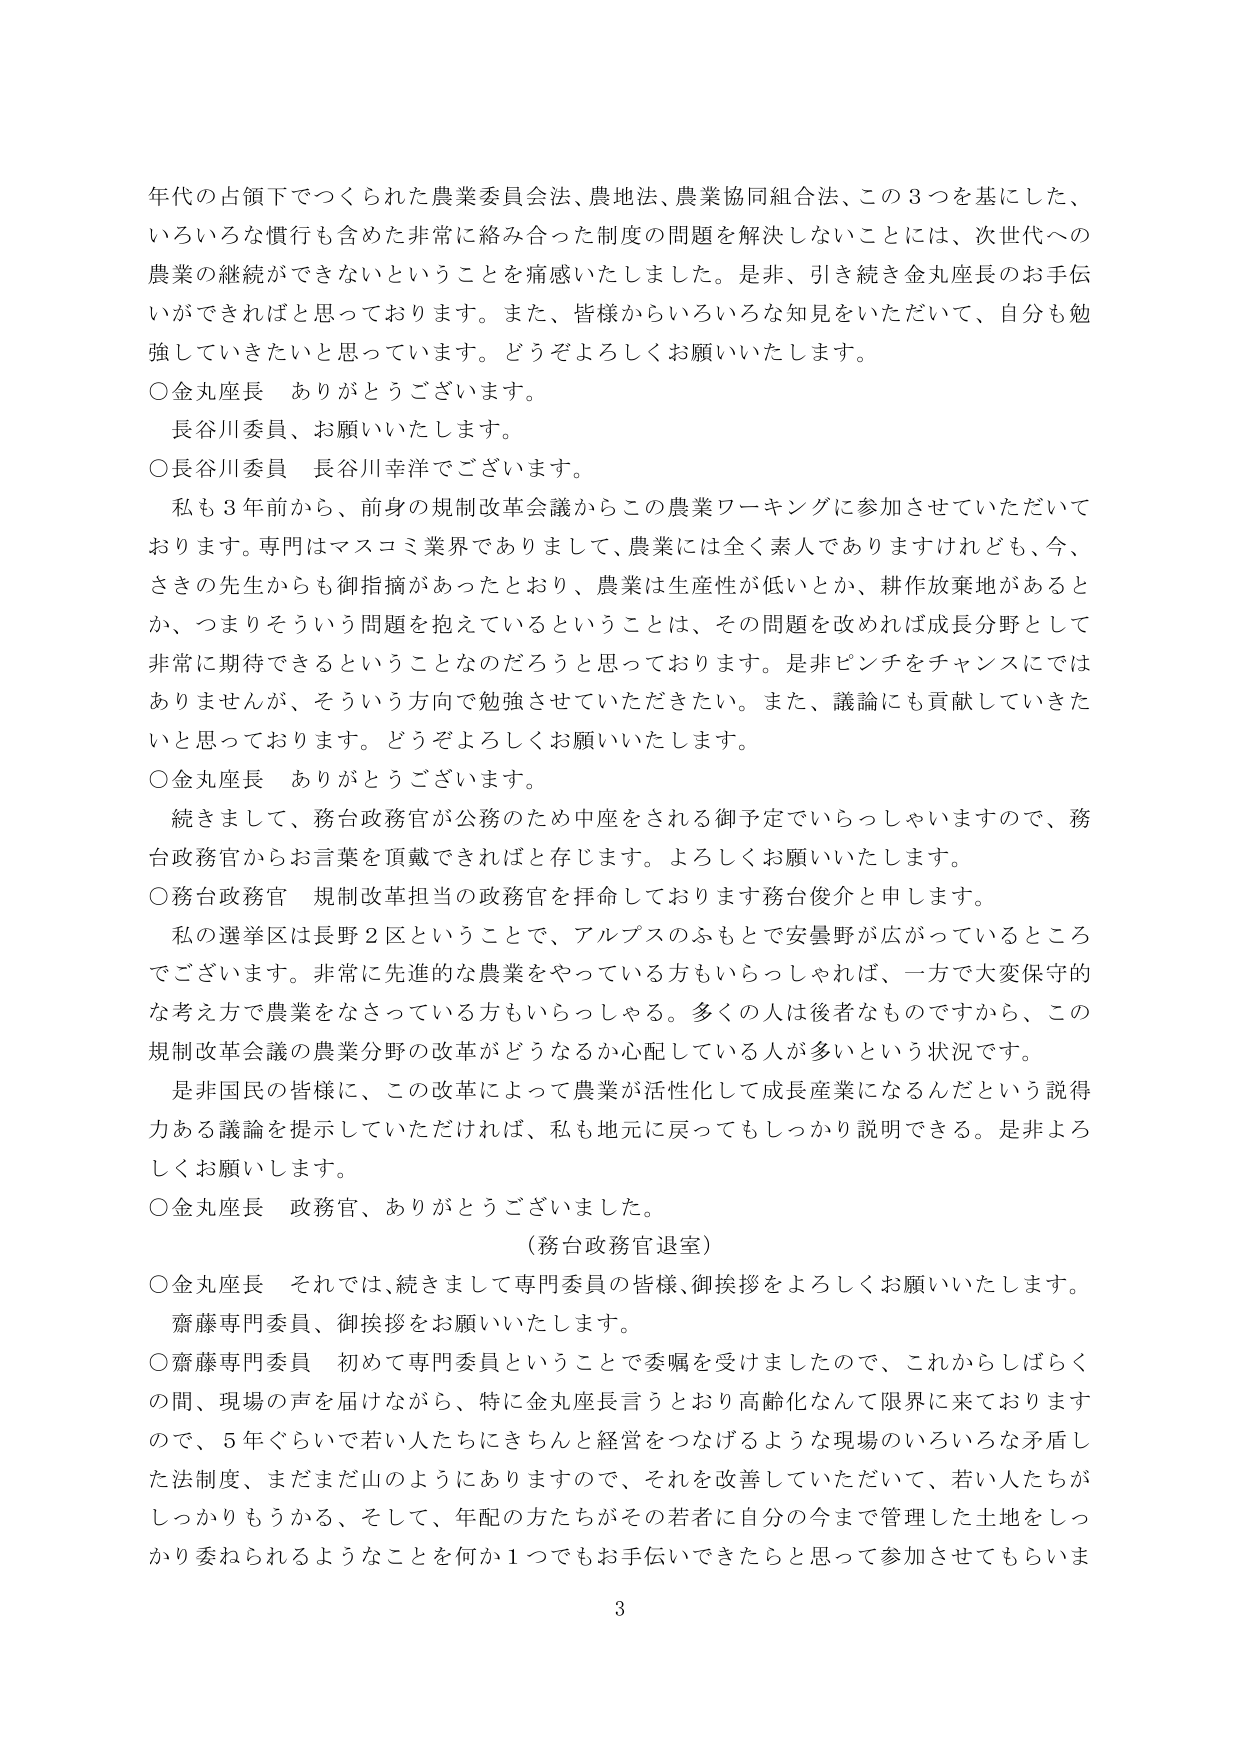
年代の占領下でつくられた農業委員会法、農地法、農業協同組合法、この３つを基にした、
いろいろな慣行も含めた非常に絡み合った制度の問題を解決しないことには、次世代への
農業の継続ができなということを痛感いたしました。是非、引き続き金丸座長のお手伝
いができればと思っております。また、皆様からいろいろな知見をいただいて、自分も勉
強していきたいと思っています。どうぞよろしくお願いいたします。

○金丸座長　ありがとうございます。
　長谷川委員、お願いいたします。

○長谷川委員　長谷川幸洋でございます。
　私も３年前から、前身の規制改革会議からこの農業ワーキングに参加させていただいて
おります。専門はマスコミ業界でありまして、農業には全く素人でありますけれども、今、
さきの先生からも御指摘があったとおり、農業は生産性が低いとか、耕作放棄地があると
か、つまりそういう問題を抱えているということは、その問題を改めれば成長分野として
非常に期待できるということなのだろうと思っております。是非ピンチをチャンスにでは
ありませんが、そういう方向で勉強させていただきたい。また、議論にも貢献していきた
いと思っております。どうぞよろしくお願いいたします。

○金丸座長　ありがとうございます。
　続きまして、務台政務官が公務のため中座をされる御予定でいらっしゃいますので、務
台政務官からお言葉を頂戴できればと存じます。よろしくお願いいたします。

○務台政務官　規制改革担当の政務官を拝命しております務台俊介と申します。
　私の選挙区は長野２区ということで、アルプスのふもとで安曇野が広がっているところ
でございます。非常に先進的な農業をやっている方もいらっしゃれば、一方で大変保守的
な考え方で農業をなさっている方もいらっしゃる。多くの人は後者なものですから、この
規制改革会議の農業分野の改革がどうなるか心配している人が多いという状況です。
　是非国民の皆様に、この改革によって農業が活性化して成長産業になるんだという説得
力ある議論を提示していただければ、私も地元に戻ってもしっかり説明できる。是非よろ
しくお願いします。

○金丸座長　政務官、ありがとうございました。
　　　　　　　　（務台政務官退室）

○金丸座長　それでは、続きまして専門委員の皆様、御挨拶をよろしくお願いいたします。
　齋藤専門委員、御挨拶をお願いいたします。

○齋藤専門委員　初めて専門委員ということで委嘱を受けましたので、これからしばらく
の間、現場の声を届けながら、特に金丸座長言うとおり高齢化なんて限界に来ております
ので、５年ぐらいで若い人たちにきちんと経営をつなげるような現場のいろいろな矛盾し
た法制度、まだまだ山のようにありますので、それを改善していただいて、若い人たちが
しっかりもうかる、そして、年配の方たちがその若者に自分の今まで管理した土地をしっ
かり委ねられるようなことを何か１つでもお手伝いできたらと思って参加させてもらいま

3